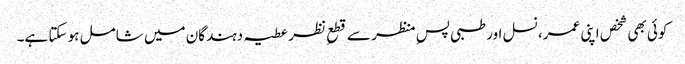
کوئی بھی شخص اپنی عمر، نسل اور طبی پسِ منظر سے قطعِ نظر عطیہ دہندگان میں شامل ہو سکتا ہے۔